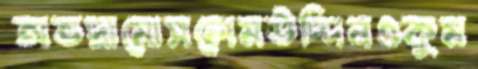
অভদ্রামোসলেমউদ্দিনওকুম